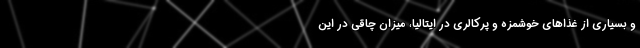
و بسیاری از غذاهای خوشمزه و پرکالری در ایتالیا، میزان چاقی در این